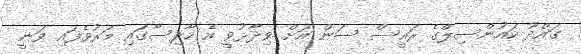
ގައްދޫ ކައުންސިލްގެ ރައީސް ސަން އަށް ވިދާޅުވީ އެ ހާދިސާގައި މަރުވެފައި ވަނީ